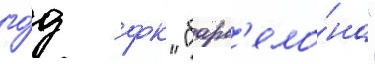
го́д - фк "барс'ело́на"